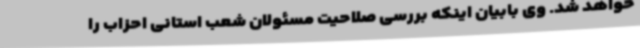
خواهد شد. وی بابیان اینکه بررسی صلاحیت مسئولان شعب استانی احزاب را